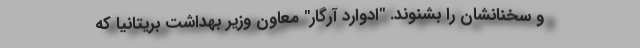
و سخنانشان را بشنوند. "ادوارد آرگار" معاون وزیر بهداشت بریتانیا که